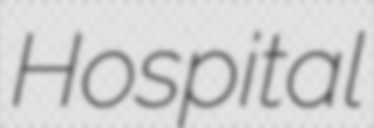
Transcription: Hospital